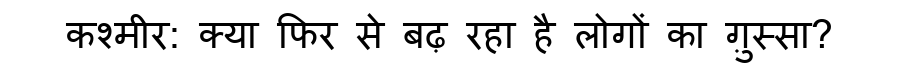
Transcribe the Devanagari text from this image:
कश्मीर: क्या फिर से बढ़ रहा है लोगों का ग़ुस्सा?